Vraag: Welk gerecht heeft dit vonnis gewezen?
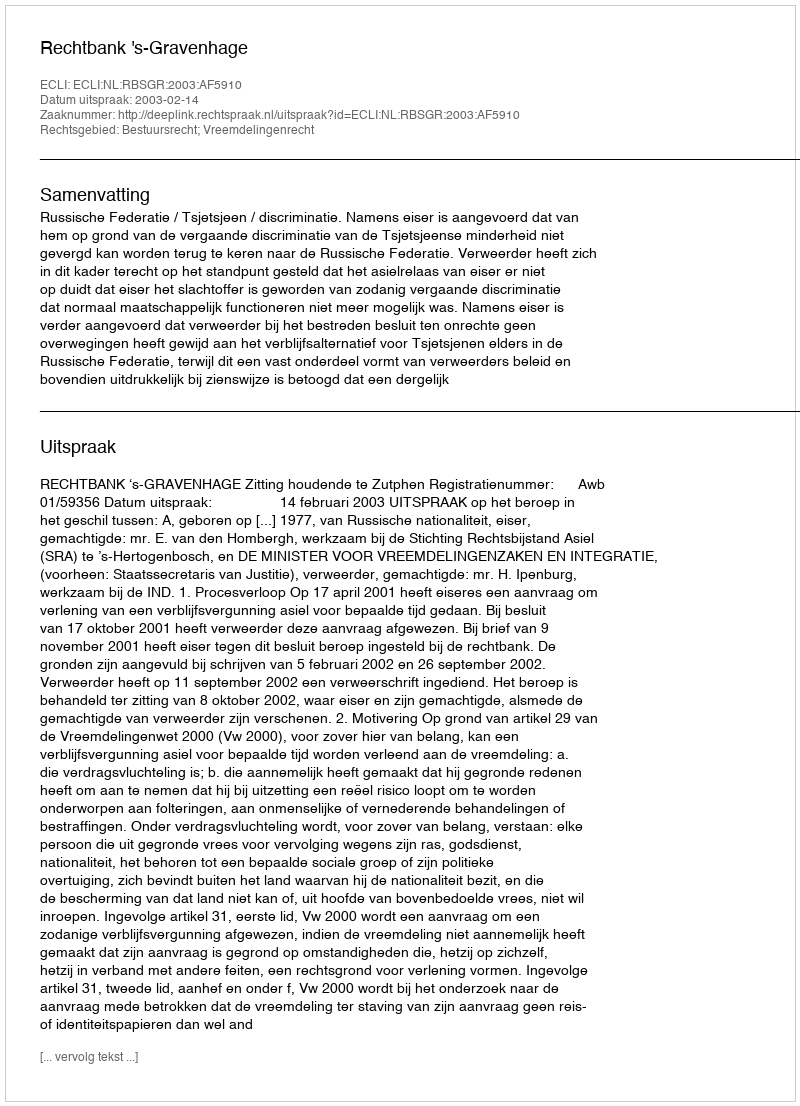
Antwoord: Rechtbank 's-Gravenhage